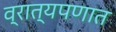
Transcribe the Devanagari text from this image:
व्रात्यपणात